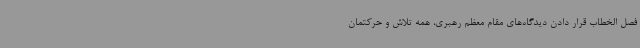
فصل الخطاب قرار دادن دیدگاه‌های مقام معظم رهبری، همه تلاش و حرکتمان